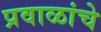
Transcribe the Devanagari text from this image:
प्रवाळांचे